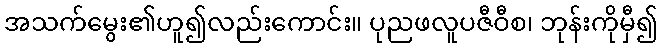
အသက်မွေး၏ဟူ၍လည်းကောင်း။ ပုညဖလူပဇီဝီစ၊ ဘုန်းကိုမှီ၍